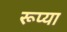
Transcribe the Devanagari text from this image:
रूप्या